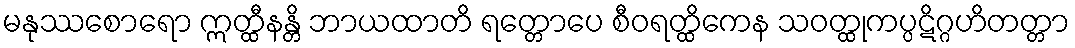
မနုဿစောရော ဣတ္ထီနန္တိ ဘာယထာတိ ရတ္တောပေ စီဝရတ္ထိကေန သဝတ္ထုကပ္ပဋိဂ္ဂဟိတတ္တာ